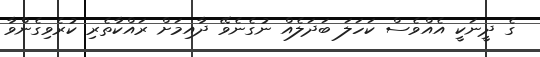
ގެ ދީނަކީ އެއްވެސް ކަހަލަ ބަދަލެއް ނުގެނެވޭ ދާއިމަށް ރައްކާތެރި ކުރެވިގެންވާ